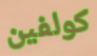
كولفين